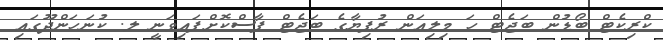
ކްރިކެޓް ބޯޑުން ބަޖެޓް ހަ މިލިއަން ރުފިޔާގެ ބަޖެޓް ފާސްކޮށްފައިވަނީ ލ. ކުނަހަންދޫގައި